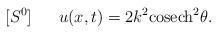
LaTeX: \begin{align*}[S^0] ~~~~~u(x,t)=2k^2{\rm cosech}^2 \theta.\end{align*}